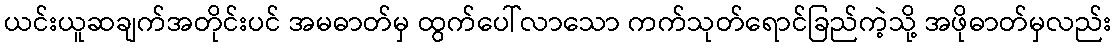
ယင်းယူဆချက်အတိုင်းပင် အမဓာတ်မှ ထွက်ပေါ်လာသော ကက်သုတ်ရောင်ခြည်ကဲ့သို့ အဖိုဓာတ်မှလည်း